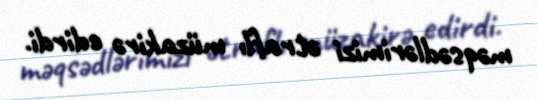
məqsədlərimizi ətraflı müzakirə edirdi.